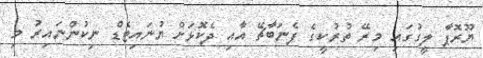
ޔޫރޮޕާ ލީގުގައި މިރޭ ތުރުކީގެ ފެނަބާޗޭ އާއި ދެކޮޅަށް ޔުނައިޓެޑް ނިކުންނައިރު މި